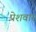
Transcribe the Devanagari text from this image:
पेशवार